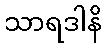
သာရဒါနိ